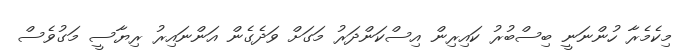
މިކެމެރާ ހުންނަނީ ބިސްބުރު ކައިރިން އިސްކަންދަރު މަގަށް ވަދެގެން އަންނައިރު ރިޔާސީ މަގުވެސް